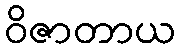
ဝိဇာတာယ